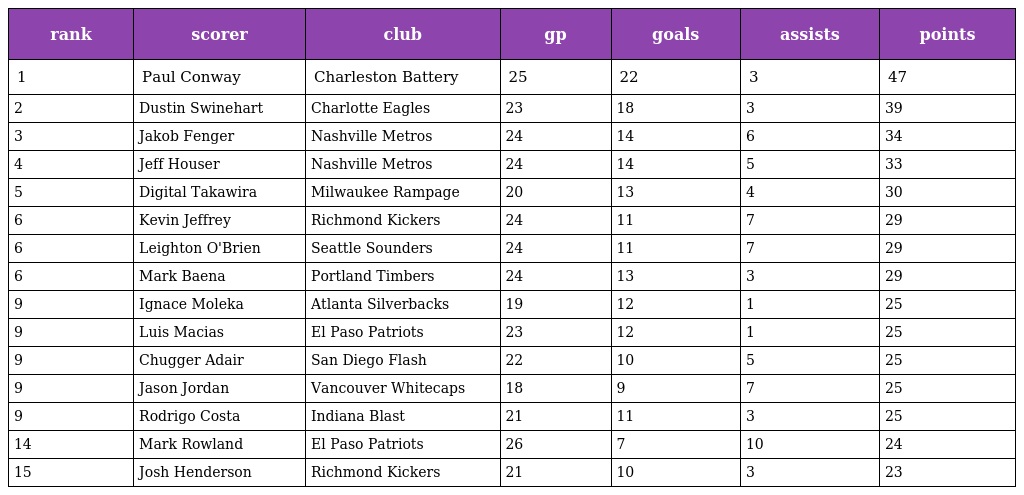
| rank | scorer | club | gp | goals | assists | points |
 | --- | --- | --- | --- | --- | --- | --- |
 | 1 | Paul Conway | Charleston Battery | 25 | 22 | 3 | 47 |
 | 2 | Dustin Swinehart | Charlotte Eagles | 23 | 18 | 3 | 39 |
 | 3 | Jakob Fenger | Nashville Metros | 24 | 14 | 6 | 34 |
 | 4 | Jeff Houser | Nashville Metros | 24 | 14 | 5 | 33 |
 | 5 | Digital Takawira | Milwaukee Rampage | 20 | 13 | 4 | 30 |
 | 6 | Kevin Jeffrey | Richmond Kickers | 24 | 11 | 7 | 29 |
 | 6 | Leighton O'Brien | Seattle Sounders | 24 | 11 | 7 | 29 |
 | 6 | Mark Baena | Portland Timbers | 24 | 13 | 3 | 29 |
 | 9 | Ignace Moleka | Atlanta Silverbacks | 19 | 12 | 1 | 25 |
 | 9 | Luis Macias | El Paso Patriots | 23 | 12 | 1 | 25 |
 | 9 | Chugger Adair | San Diego Flash | 22 | 10 | 5 | 25 |
 | 9 | Jason Jordan | Vancouver Whitecaps | 18 | 9 | 7 | 25 |
 | 9 | Rodrigo Costa | Indiana Blast | 21 | 11 | 3 | 25 |
 | 14 | Mark Rowland | El Paso Patriots | 26 | 7 | 10 | 24 |
 | 15 | Josh Henderson | Richmond Kickers | 21 | 10 | 3 | 23 |